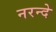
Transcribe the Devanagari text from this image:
नरन्दे